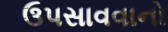
ઉપસાવવાનો